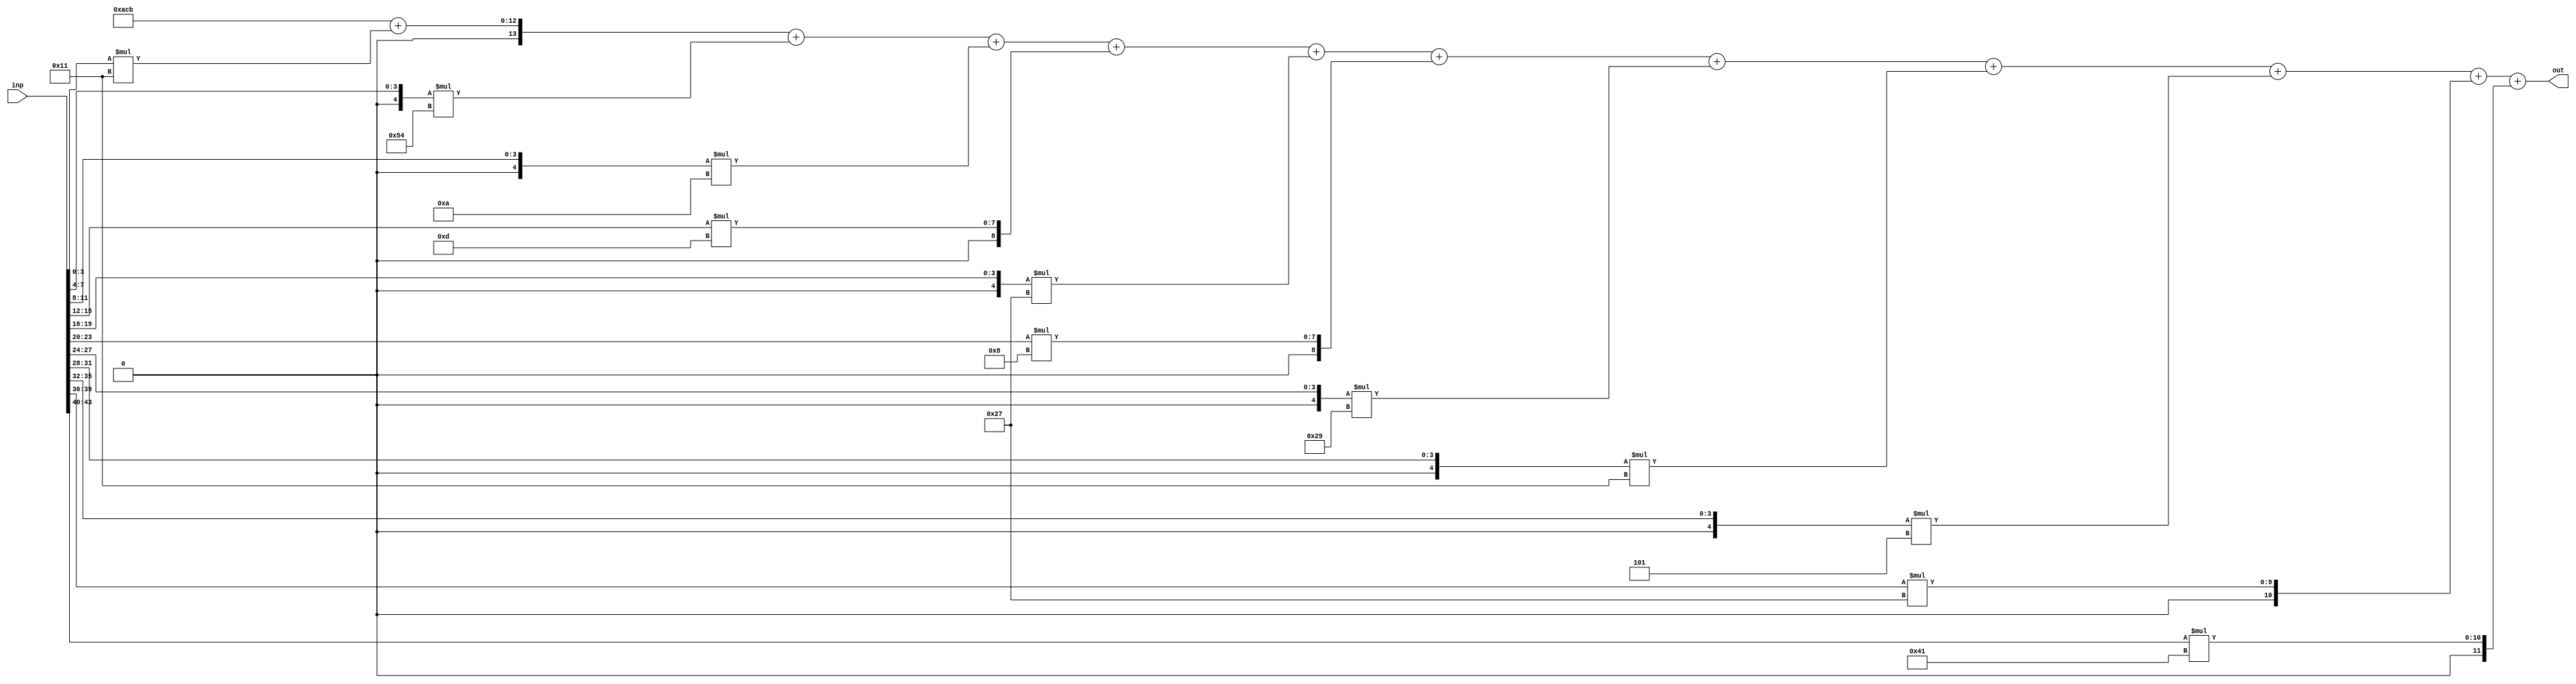
//weights: [[17, -44, -6, 13, -25, 8, -23, -15, -3, 39, 65]]
//intercepts: [2763]
//act size: [4, 14]
//pred num: 1
module top (inp, out);
input [43:0] inp;
output [13:0] out;

// classifier: 0
    wire signed [11:0] n_0_0_po_0;
    //weight 17: 8'sb00010001
    assign n_0_0_po_0 = $signed({1'b0, inp[3:0]}) * 8'sb00010001;

    wire signed [11:0] n_0_0_po_1;
    //weight -44: 8'sb11010100
    assign n_0_0_po_1 = $signed({1'b0, inp[7:4]}) * 8'sb11010100;

    wire signed [11:0] n_0_0_po_2;
    //weight -6: 8'sb11111010
    assign n_0_0_po_2 = $signed({1'b0, inp[11:8]}) * 8'sb11111010;

    wire signed [11:0] n_0_0_po_3;
    //weight 13: 8'sb00001101
    assign n_0_0_po_3 = $signed({1'b0, inp[15:12]}) * 8'sb00001101;

    wire signed [11:0] n_0_0_po_4;
    //weight -25: 8'sb11100111
    assign n_0_0_po_4 = $signed({1'b0, inp[19:16]}) * 8'sb11100111;

    wire signed [11:0] n_0_0_po_5;
    //weight 8: 8'sb00001000
    assign n_0_0_po_5 = $signed({1'b0, inp[23:20]}) * 8'sb00001000;

    wire signed [11:0] n_0_0_po_6;
    //weight -23: 8'sb11101001
    assign n_0_0_po_6 = $signed({1'b0, inp[27:24]}) * 8'sb11101001;

    wire signed [11:0] n_0_0_po_7;
    //weight -15: 8'sb11110001
    assign n_0_0_po_7 = $signed({1'b0, inp[31:28]}) * 8'sb11110001;

    wire signed [11:0] n_0_0_po_8;
    //weight -3: 8'sb11111101
    assign n_0_0_po_8 = $signed({1'b0, inp[35:32]}) * 8'sb11111101;

    wire signed [11:0] n_0_0_po_9;
    //weight 39: 8'sb00100111
    assign n_0_0_po_9 = $signed({1'b0, inp[39:36]}) * 8'sb00100111;

    wire signed [11:0] n_0_0_po_10;
    //weight 65: 8'sb01000001
    assign n_0_0_po_10 = $signed({1'b0, inp[43:40]}) * 8'sb01000001;

    wire signed [13:0] n_0_0;
    assign n_0_0 = 2763 + n_0_0_po_0 + n_0_0_po_1 + n_0_0_po_2 + n_0_0_po_3 + n_0_0_po_4 + n_0_0_po_5 + n_0_0_po_6 + n_0_0_po_7 + n_0_0_po_8 + n_0_0_po_9 + n_0_0_po_10;

    assign out = {n_0_0};

endmodule